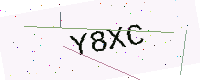
Text: Y8XC